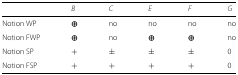
<table><thead><tr><td></td><td><b><i>B</i></b></td><td><b><i>C</i></b></td><td><b><i>E</i></b></td><td><b><i>F</i></b></td><td><b><i>G</i></b></td></tr></thead><tbody><tr><td>Notion WP</td><td><b><i>⊕</i></b></td><td>no</td><td>no</td><td>no</td><td>no</td></tr><tr><td>Notion FWP</td><td><b><i>⊕</i></b></td><td>no</td><td><b><i>⊕</i></b></td><td><b><i>⊕</i></b></td><td>no</td></tr><tr><td>Notion SP</td><td>+</td><td>±</td><td>±</td><td>±</td><td>0</td></tr><tr><td>Notion FSP</td><td>+</td><td>+</td><td>+</td><td>+</td><td>0</td></tr></tbody></table>